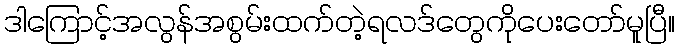
ဒါကြောင့်အလွန်အစွမ်းထက်တဲ့ရလဒ်တွေကိုပေးတော်မူပြီ။